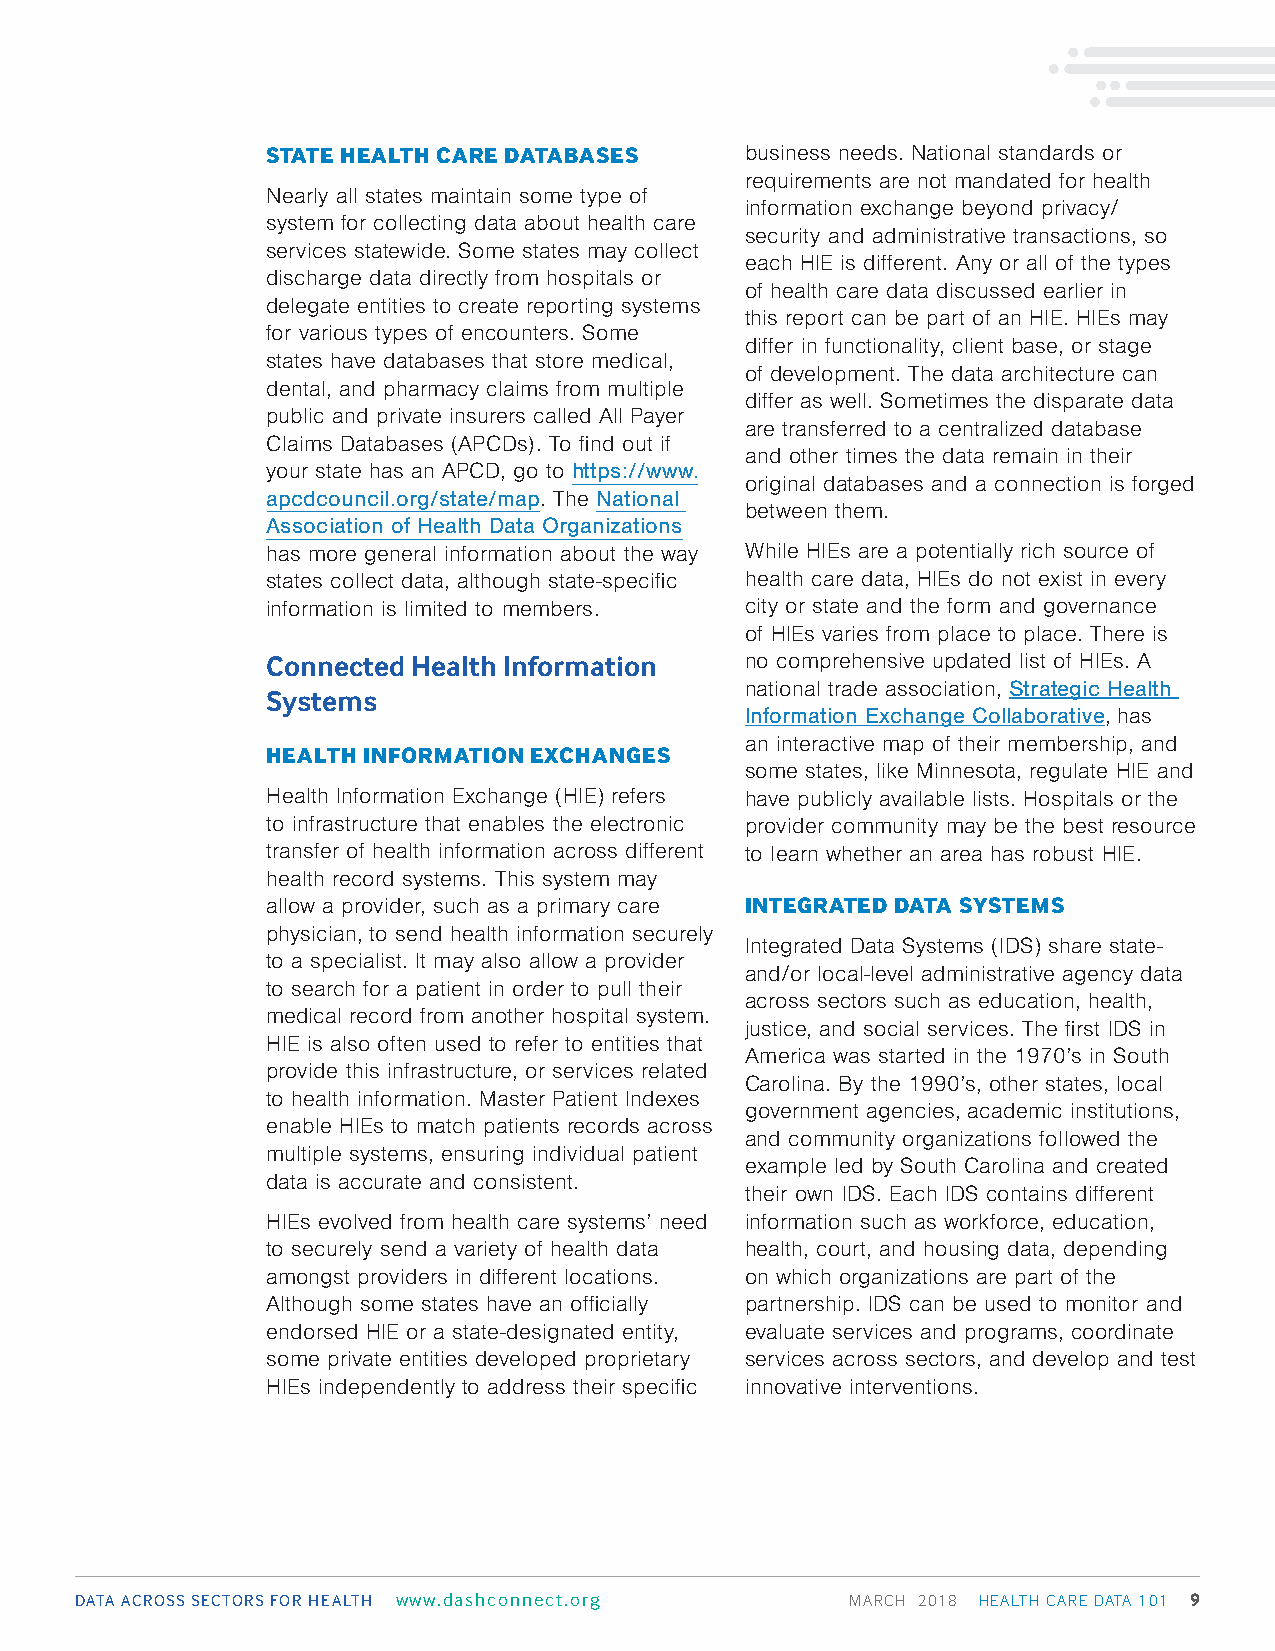
STATE HEALTH CARE DATABASES    business needs. National standards or
 requirements are not mandated for health
 Nearly all states maintain some type of
 information exchange beyond privacy/
 system for collecting data about health care
 security and administrative transactions, so
 services statewide. Some states may collect
 each HIE is different. Any or all of the types
 discharge data directly from hospitals or
 of health care data discussed earlier in
 delegate entities to create reporting systems
 this report can be part of an HIE. HIEs may
 for various types of encounters. Some
 differ in functionality, client base, or stage
 states have databases that store medical,
 of development. The data architecture can
 dental, and pharmacy claims from multiple
 differ as well. Sometimes the disparate data
 public and private insurers called All Payer
 are transferred to a centralized database
 Claims Databases (APCDs). To find out if
 and other times the data remain in their
 your state has an APCD, go to https://www.
 original databases and a connection is forged
 apcdcouncil.org/state/map. The National
 between them.
 Association of Health Data Organizations
 has more general information about the way While HIEs are a potentially rich source of
 states collect data, although state-specific health care data, HIEs do not exist in every
 information is limited to members. city or state and the form and governance
 of HIEs varies from place to place. There is
 Connected Health Information   no comprehensive updated list of HIEs. A
 national trade association, Strategic Health
 Systems
 Information Exchange Collaborative, has
 an interactive map of their membership, and
 HEALTH INFORMATION EXCHANGES
 some states, like Minnesota, regulate HIE and
 Health Information Exchange (HIE) refers have publicly available lists. Hospitals or the
 to infrastructure that enables the electronic provider community may be the best resource
 transfer of health information across different to learn whether an area has robust HIE.
 health record systems. This system may
 allow a provider, such as a primary care INTEGRATED DATA SYSTEMS
 physician, to send health information securely
 Integrated Data Systems (IDS) share state-
 to a specialist. It may also allow a provider
 and/or local-level administrative agency data
 to search for a patient in order to pull their
 across sectors such as education, health,
 medical record from another hospital system.
 justice, and social services. The first IDS in
 HIE is also often used to refer to entities that
 America was started in the 1970’s in South
 provide this infrastructure, or services related
 Carolina. By the 1990’s, other states, local
 to health information. Master Patient Indexes
 government agencies, academic institutions,
 enable HIEs to match patients records across
 and community organizations followed the
 multiple systems, ensuring individual patient
 example led by South Carolina and created
 data is accurate and consistent.
 their own IDS. Each IDS contains different
 HIEs evolved from health care systems’ need information such as workforce, education,
 to securely send a variety of health data health, court, and housing data, depending
 amongst providers in different locations. on which organizations are part of the
 Although some states have an officially partnership. IDS can be used to monitor and
 endorsed HIE or a state-designated entity, evaluate services and programs, coordinate
 some private entities developed proprietary services across sectors, and develop and test
 HIEs independently to address their specific innovative interventions.
 DATA ACROSS SECTORS FOR HEALTH www.dashconnect.org MARCH 2018 HEALTH CARE DATA 101 9